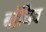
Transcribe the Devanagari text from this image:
बांधिव